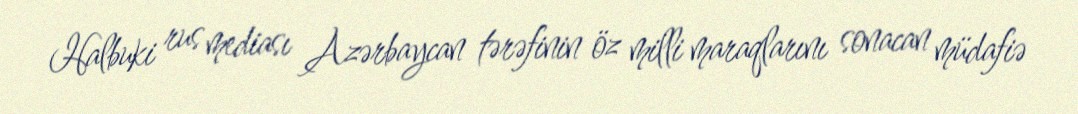
Halbuki rus mediası Azərbaycan tərəfinin öz milli maraqlarını sonacan müdafiə